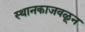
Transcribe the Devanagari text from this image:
स्थानकाजवळून